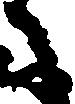
に